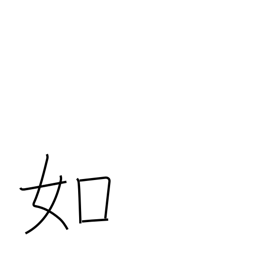
Meaning: likeness